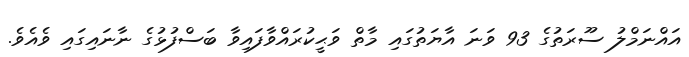
އައްނަމްލު ސޫރަތުގެ 93 ވަނަ އާޔަތުގައި މާތް ވަޙީކުރައްވާފައިވާ ބަސްފުޅުގެ ނާނައިގައި ވެއެވެ.